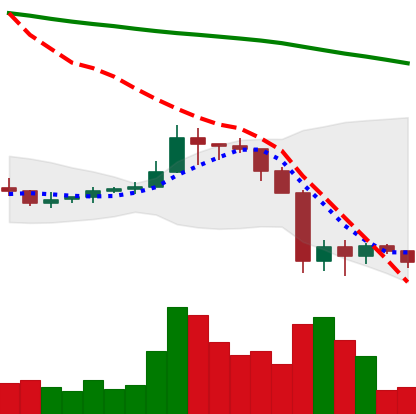
Ticker: ADA-USD
Chart end date: 2019-09-29
Forward return: 5.818%
Label: up_5_7